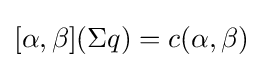
[\alpha ,\beta ](\Sigma q)=c(\alpha ,\beta )